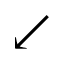
\swarrow